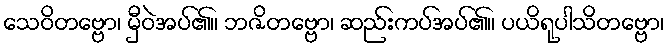
သေဝိတဗ္ဗော၊ မှီဝဲအပ်၏။ ဘဇိတဗ္ဗော၊ ဆည်းကပ်အပ်၏။ ပယိရုပါသိတဗ္ဗော၊